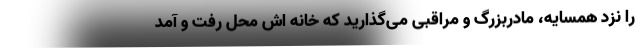
را نزد همسایه، مادربزرگ و مراقبی می‌گذارید که خانه اش محل رفت و آمد